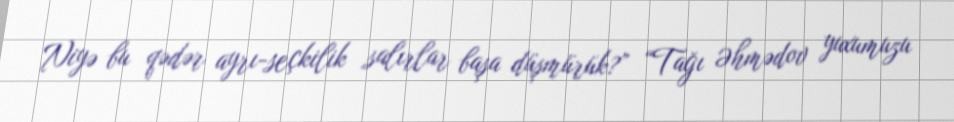
Niyə bu qədər ayrı-seçkilik salırlar başa düşmürük?” “Tağı Əhmədov yuxumuzu